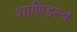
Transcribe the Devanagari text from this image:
शाणि्डल्य